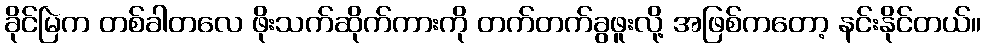
ခိုင်မြဲက တစ်ခါတလေ ဖိုးသက်ဆိုက်ကားကို တက်တက်ခွဖူးလို့ အဖြစ်ကတော့ နင်းနိုင်တယ်။